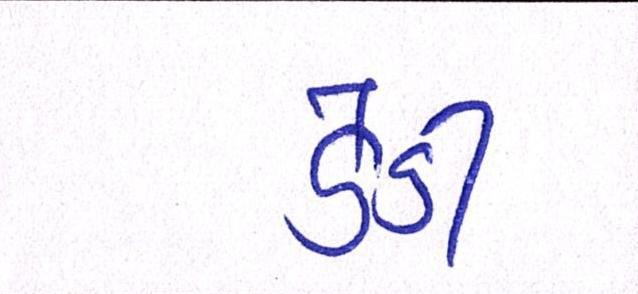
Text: ડેડી